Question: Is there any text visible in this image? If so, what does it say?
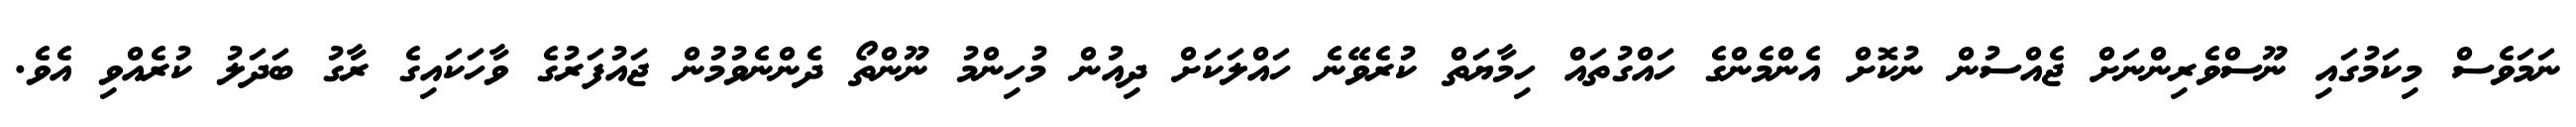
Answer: ނަމަވެސް މިކަމުގައި ނޫސްވެރިންނަށް ޖެއްސުން ނުކޮށް އެންމެންގެ ހައްގުތައް ހިމާޔަތް ކުރެވޭނެ ހައްލަކަށް ދިއުން މުހިންމު ނޫންތޯ ދެންނެވުމުން ޖައުފަރުގެ ވާހަކައިގެ ރާގު ބަދަލު ކުރެއްވި އެވެ.